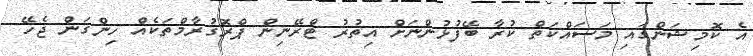
އެ ކޮމިޝަންގައި މަސައްކަތް ކުރާ ބޭފުޅުންނަށް އިތުރު ޓްރޭނިން ޕްރޮގުރާމްތަކެއް ހިންގަން ޖެހޭ